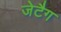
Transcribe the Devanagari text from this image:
जेटैग